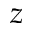
z